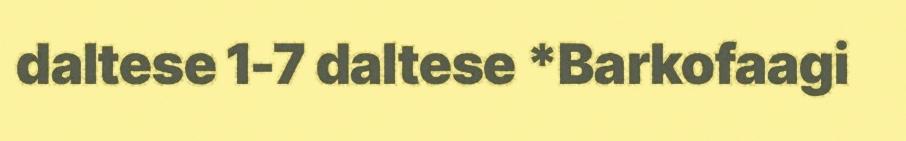
daltese 1-7 daltese *Barkofaagi